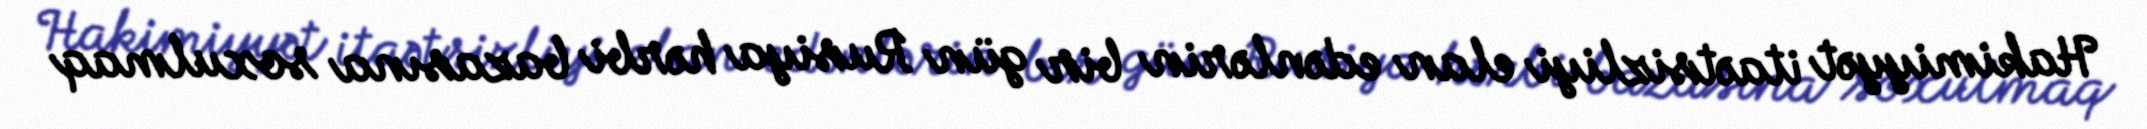
Hakimiyyət itaətsizliyi elan edənlərin bir gün Rusiya hərbi bazasına soxulmaq